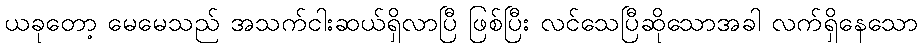
ယခုတော့ မေမေသည် အသက်ငါးဆယ်ရှိလာပြီ ဖြစ်ပြီး လင်သေပြီဆိုသောအခါ လက်ရှိနေသော